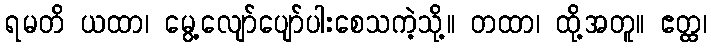
ရမတိ ယထာ၊ မွေ့လျော်ပျော်ပါးစေသကဲ့သို့။ တထာ၊ ထို့အတူ။ ဧတ္ထ၊